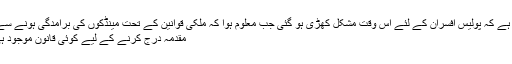
بتایا گیا ہے کہ پولیس افسران کے لئے اس وقت مشکل کھڑی ہو گئی جب معلوم ہوا کہ ملکی قوانین کے تحت مینڈکوں کی برآمدگی ہونے سے متعلق
مقدمہ درج کرنے کے لیے کوئی قانون موجود ہی نہیں ۔